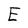
Character: E